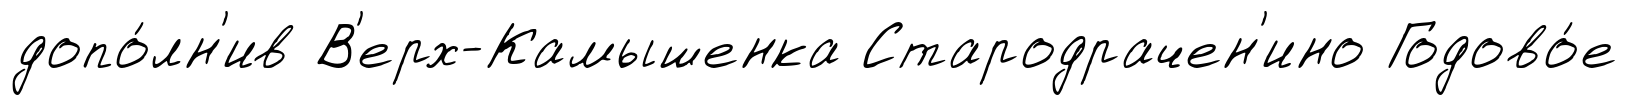
допо́лн'ив В'ерх-Камышенка Стародрачен'ино Годово́е